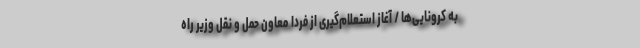
به کرونایی‌ها / آغاز استعلام‌گیری از فردا معاون حمل و نقل وزیر راه